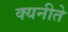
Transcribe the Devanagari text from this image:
क्यनीते